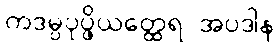
ကဒမ္ပပုပ္ဖိယတ္ထေရ အပဒါန